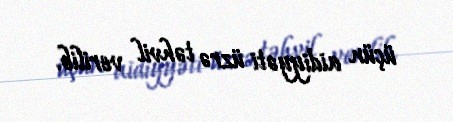
üçün aidiyyəti üzrə təhvil verilib.